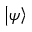
\left\vert \psi \right\rangle